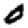
Digit: 0